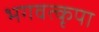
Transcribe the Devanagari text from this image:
भगवत्कृपा